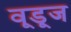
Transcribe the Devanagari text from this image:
वूडूज